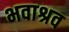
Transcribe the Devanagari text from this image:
भवाश्रव